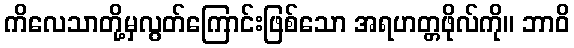
ကိလေသာတို့မှလွတ်ကြောင်းဖြစ်သော အရဟတ္တဖိုလ်ကို။ ဘာဝိ